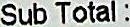
SUB TOTAL :